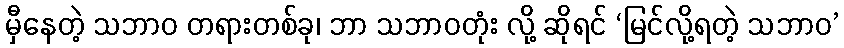
မှီနေတဲ့ သဘာဝ တရားတစ်ခု၊ ဘာ သဘာဝတုံး လို့ ဆိုရင် ‘မြင်လို့ရတဲ့ သဘာဝ’